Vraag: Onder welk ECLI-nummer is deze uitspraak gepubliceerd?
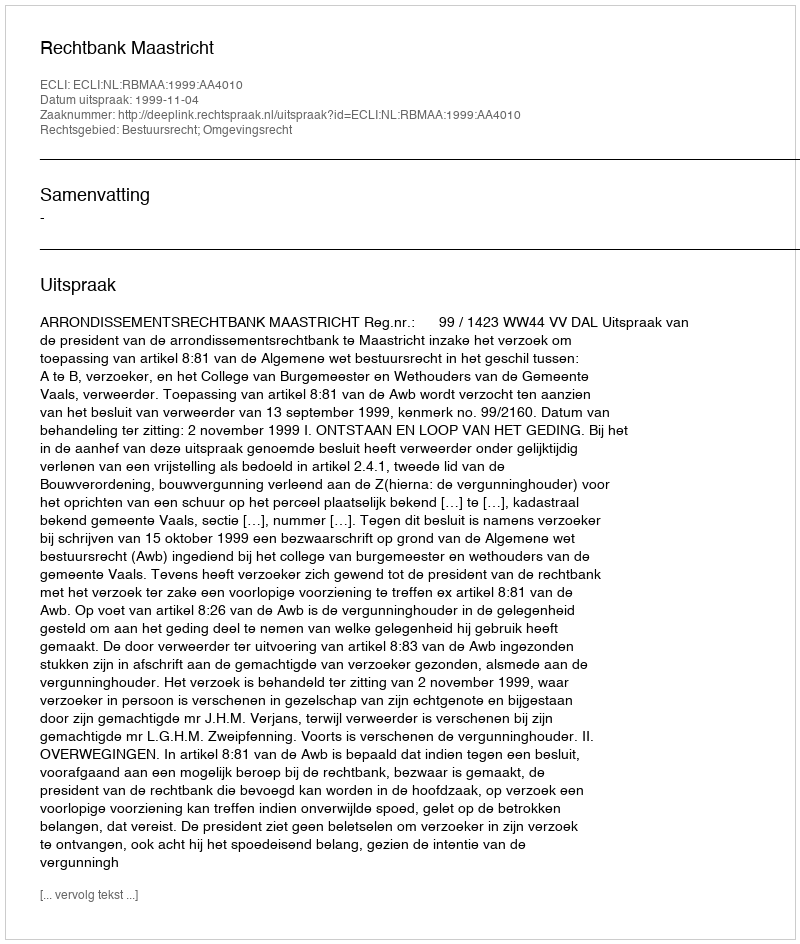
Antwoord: ECLI:NL:RBMAA:1999:AA4010